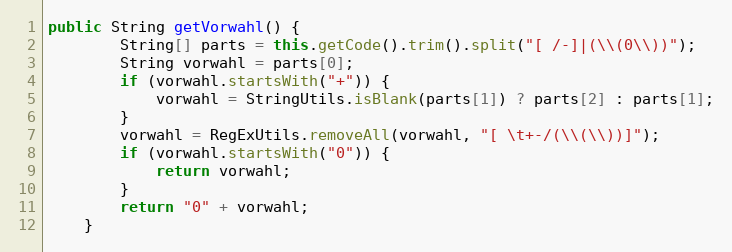
Language: Java
public String getVorwahl() {
        String[] parts = this.getCode().trim().split("[ /-]|(\\(0\\))");
        String vorwahl = parts[0];
        if (vorwahl.startsWith("+")) {
            vorwahl = StringUtils.isBlank(parts[1]) ? parts[2] : parts[1];
        }
        vorwahl = RegExUtils.removeAll(vorwahl, "[ \t+-/(\\(\\))]");
        if (vorwahl.startsWith("0")) {
            return vorwahl;
        }
        return "0" + vorwahl;
    }